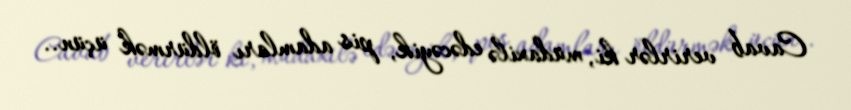
Cavab verirlər ki, müdaxilə edəcəyik, pis adamları öldürmək üçün..